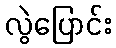
လွဲပြောင်း